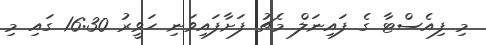
މި ފިއެސްޓާ ގެ ފައިނަލް މެޗު ފަށާފައިވަނި ހަވީރު 16:30 ގައި މި